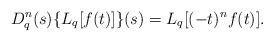
LaTeX: \begin{align*} D_{q}^{n}(s) \{ L_{q} [f(t)] \} (s) = L_{q}[(-t)^{n} f(t)]. \end{align*}